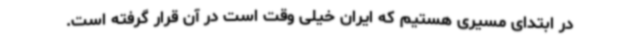
در ابتدای مسیری هستیم که ایران خیلی وقت است در آن قرار گرفته است.